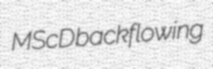
MScD backflowing